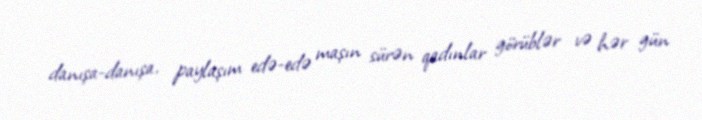
danışa-danışa, paylaşım edə-edə maşın sürən qadınlar görüblər və hər gün